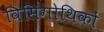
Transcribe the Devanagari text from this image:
विसिगोथिकों